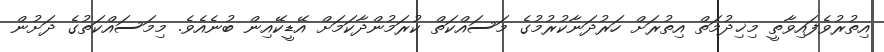
އިތުރުވެފައިވާތީ މިޚިދުމަތް އިތުރަށް ހަރުދަނާކުރުމުގެ މަސައްކަތް ކުރަމުންދާކަމަށް އޭޑީކޭއިން ބުނެއެވެ. މިމަސައްކަތުގެ ދަށުން